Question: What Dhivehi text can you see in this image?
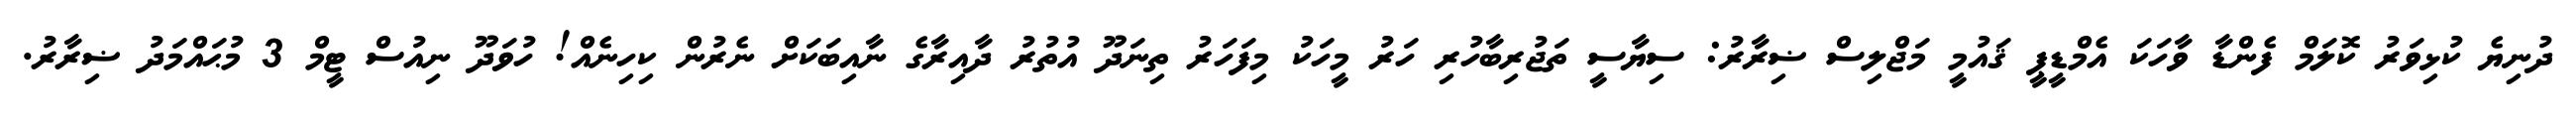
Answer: ދުނިޔެ ކުޅިވަރު ކޮލަމް ފެންޑާ ވާހަކަ އެމްޑީޕީ ޤައުމީ މަޖްލިސް ޟިރާރު: ސިޔާސީ ތަޖުރިބާހުރި ހަރު މީހަކު މިފަހަރު ތިނަދޫ އުތުރު ދާއިރާގެ ނާއިބަކަށް ނެރުން ކިހިނެއް! ހުވަދޫ ނިއުސް ޓީމް 3 މުޙައްމަދު ޟިރާރު.